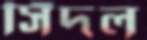
সিঁদল